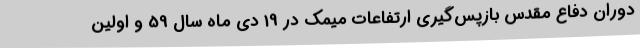
دوران دفاع مقدس بازپس‌گیری ارتفاعات میمک در 19 دی ماه سال 59 و اولین